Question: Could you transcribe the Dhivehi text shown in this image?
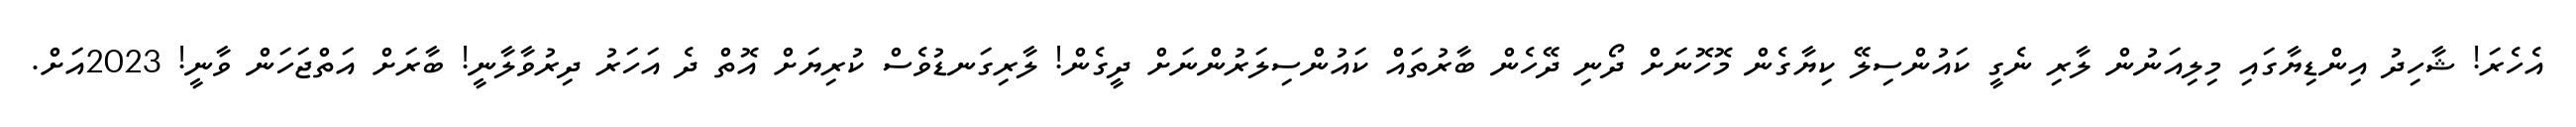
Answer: އެހެރަ! ޝާހިދު އިންޑިޔާގައި މިލިއަނުން ލާރި ނެގީ ކައުންސިލޭ ކިޔާގެން މޮހޮނަށް ދޯނި ދޭހެން ބާރުތައް ކައުންސިލަރުންނަށް ދީގެން! ލާރިގަނޑުވެސް ކުރިޔަށް އޮތް ދެ އަހަރު ދިރުވާލާނީ! ބާރަށް އަތްޖަހަން ވާނީ! 2023އަށް.